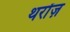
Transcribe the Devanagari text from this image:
थरोंज़